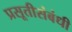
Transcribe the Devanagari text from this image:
प्रसूतीसंबंधी